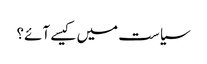
سیاست میں کیسے آئے؟